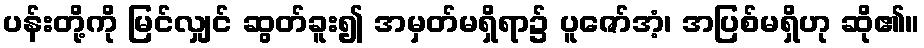
ပန်းတို့ကို မြင်လျှင် ဆွတ်ခူး၍ အမှတ်မရှိရာ၌ ပူဇော်အံ့၊ အပြစ်မရှိဟု ဆို၏။